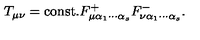
T _ { \mu \nu } = \mathrm { c o n s t . } F _ { \mu \alpha _ { 1 } \cdots \alpha _ { s } } ^ { + } F _ { \nu \alpha _ { 1 } \cdots \alpha _ { s } } ^ { - } .